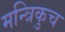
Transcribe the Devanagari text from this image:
मन्त्रिकुच